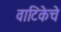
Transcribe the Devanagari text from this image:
वाटिकेचे